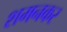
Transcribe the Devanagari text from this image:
शमनकर